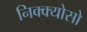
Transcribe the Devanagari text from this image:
निक्क्योसो